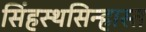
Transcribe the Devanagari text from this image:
सिंहस्थसिन्हास्त